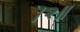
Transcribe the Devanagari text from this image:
।२॥